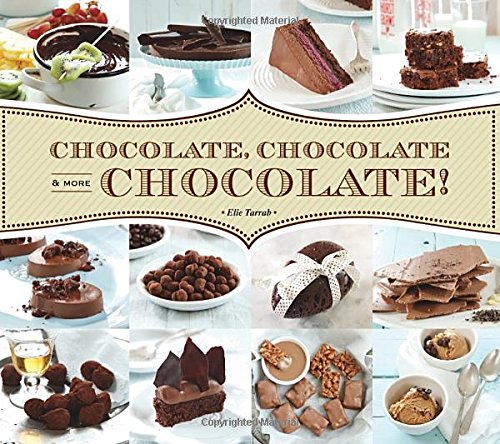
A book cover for Chocolate, Chocolate & More Chocolate!; Elie Tarrab; Cookbooks, Food & Wine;